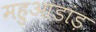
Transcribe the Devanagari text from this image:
महुआडांड़